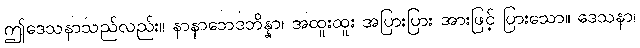
ဤဒေသနာသည်လည်း။ နာနာဘေဒဘိန္နာ၊ အထူးထူး အပြားပြား အားဖြင့် ပြားသော။ ဒေသနာ၊